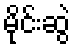
မိုင်းဆွဲ